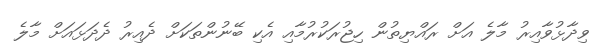
ވިދާޅުވާއިރު މާލެ އަށް ރައްޔިތުން ހިޖުރަކުރުމާއި އެކި ބޭނުންތަކަށް ދެއިރު ދެދަޅައަށް މާލެ